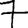
Digit: 7